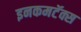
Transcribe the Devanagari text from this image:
इनकमटॅक्स